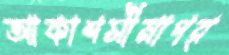
আকাশসীমাগর্